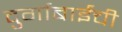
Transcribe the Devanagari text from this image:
दुर्गाबाईंची